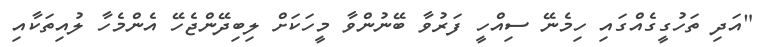
"އަދި ތަހުގީގެއްގައި ހިމެނޭ ސިއްހީ ފަރުވާ ބޭނުންވާ މީހަކަށް ލިބިދޭންޖެހޭ އެންމެހާ ލުއިތަކާއި